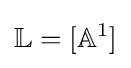
\mathbb {L} =[{\mathbb {A} }^{1}]